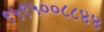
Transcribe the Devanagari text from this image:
९५९५००८८४४